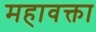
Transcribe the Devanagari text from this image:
महावक्ता